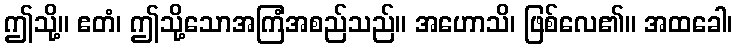
ဤသို့။ ဧတံ၊ ဤသို့သောအကြံအစည်သည်။ အဟောသိ၊ ဖြစ်လေ၏။ အထခေါ၊